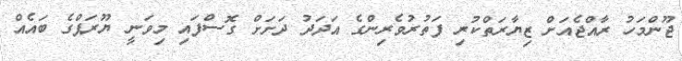
ޖޫންމަހު ރާއްޖެއަށް ޒިޔާރަތްކުރި ފަތުރުވެރިންގެ އަދަދު ދަށަށް ގޮސްފައި މިވަނީ ޔޫރަޕްގެ ބައެއް